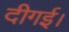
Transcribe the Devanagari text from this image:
दीगई।